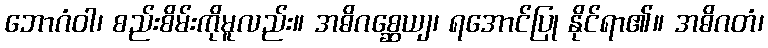
ဘောဂံဝါ၊ စည်းစိမ်းကိုမူလည်း။ အဓိဂစ္ဆေယျ၊ ရအောင်ပြု နိုင်ရာ၏။ အဓိဂတံ၊